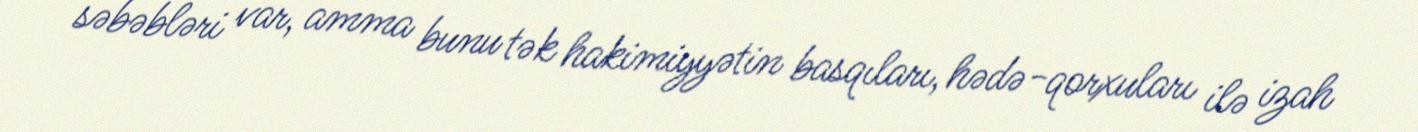
səbəbləri var, amma bunu tək hakimiyyətin basqıları, hədə-qorxuları ilə izah